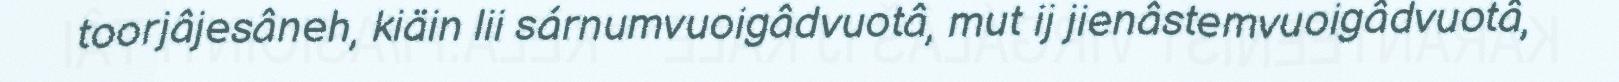
toorjâjesâneh, kiäin lii sárnumvuoigâdvuotâ, mut ij jienâstemvuoigâdvuotâ,